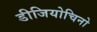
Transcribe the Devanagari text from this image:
डीजियोचिनो